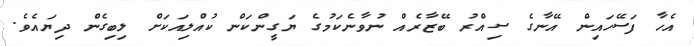
އެހާ ފަސޭހައިން އޭނާގެ ސިއްރު ބޭޒާރެއް ނުވާނެކަމުގެ ޔަގީންކަން ކުއްލިއަކަށް ލިބިގެން ދިޔައެވެ.